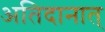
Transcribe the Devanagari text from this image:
अतिदानात्